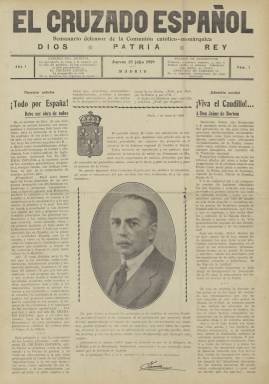
Título: El Cruzado español (Madrid)
Colección: Conservadurismo || Carlismo || Periódicos
Ámbito geográfico: Madrid
Lugar de publicación: Madrid
Fechas: 25/07/1929-30/12/1932

Publica su primer número el 25 de julio de 1929, con el subtítulo “semanario defensor de la Comunión católico-monárquica” –una de las denominaciones adoptadas por el movimiento carlista–, en cuya cabecera aparece estampado su histórico lema: “Dios, patria, rey”, como abanderado de la religión y la monarquía tradicionales, que en ese momento estaba representada por el pretendiente Jaime de Borbón (1870-1931). Será fundado por Lorenzo Sáenz y Fernández Cortina (1863-1939), entonces jefe regional carlista de Castilla la Nueva, desde el círculo de la madrileña calle Montera. Será órgano del partido jaimista del centro y norte de España, considerándose heredero ideológico del periódico El Correo español (Madrid: 1888-1922), que, como órgano nacional de la Comunión Tradicionalista, había sido el periódico carlista más importante de su época. El último director de éste –el periodista y bibliotecario Guillermo Arsenio de Izaga (1885-1951)– será el primero que dirija este nuevo semanario.

En entregas de ocho páginas, compuestas a cuatro columnas, comenzó apareciendo cada viernes, e incluirá una sección denominada precisamente El correo español, para dar cuenta de un resumen semanal de la “vida católico-monárquica”. En su primer número insertó una carta de agradecimiento de don Jaime al que el periódico saludará con un “Viva el caudillo”. Será una publicación que, además de ser eminentemente propagandística y doctrinal, a través de artículos y editoriales (firmados estos generalmente por Arsenio de Izaga con el seudónimo Modestinus), se dedicará a rescatar la historia de las “glorias” carlistas a través de secciones como Efemérides y personajes de la tradición, como “calendario legitimista”, y Los héroes de la lealtad (breves semblanzas de sus dirigentes históricos), además de otra denominada Ecos de sociedad (con noticias de enlaces matrimoniales, natalicios, etc.). También publica fotograbados y publicidad comercial. Entre sus colaboradores se encuentra Dolores de Gortázar Serantes (1872-1936).

Aumentará el tamaño de su formato, y a partir de enero de 1932, se hace bisemanal (apareciendo viernes y martes), a la vez que se reduce a cuatro páginas y amplía sus columnas a seis. Desde entonces empieza a dirigirlo el tradicionalista Jesús de Cora y Lira (1890-1969), y ante la muerte de don Jaime y la asunción de la jefatura dinástica carlista por parte de Alfonso Carlos de Borbón (1849-1936), los “cruzados”, que formarán el denominado Núcleo de la Lealtad, en el pleito dinástico carlista que se entabla en esta época serán favorables a Carlos Pío de Habsburgo-Lorena Borbón (1909-1953) –como Carlos VIII–, hijo menor de la primogénita del pretendiente Carlos VII (1848-1909), Blanca de Borbón (1868-1949), viuda del archiduque de Austria Leopoldo Salvador.

Durante el periodo republicano El Cruzado español defenderá la creación de un “frente monárquico” contra el “frente revolucionario” (Mora Roncal: 2007), pero la disyuntiva sucesoria en el seno del carlismo va a situar a los “carloctavistas” en una corriente “purista” e intransigente, conformada como una “vieja guardia” que receló de los integristas, rechazando “de plano cualquier intento de reconciliación” con los monárquicos seguidores de Alfonso XIII (Seoane y Sáiz: 1996). El ahora bisemanario será una publicación “radicalmente opuesta a cualquier ensayo de fusión dinástica” (González Calleja: 2012), y mantendrá una agria polémica con el órgano oficioso del carlismo: El Siglo futuro (1875-1936), de tal forma que el pretendiente don Alfonso Carlos (I) dejó fuera de la disciplina carlista al disidente Núcleo de la Lealtad (José Carlos Clemente: 1999). En marzo de 1933, el bisemanario mostrará su disconformidad con la colaboración de los monárquicos alfonsinos, agrupados en Renovación Española, constituyendo, en una asamblea celebrada en mayo de 1935, en Zaragoza, una denominada Comunión Carlista, que llegará a combatir al propio Bloque Nacional contrarrevolucionario.

La colección de este título en la Biblioteca Nacional de España no está completa, y llega hasta el número 216, del 30 de diciembre de 1932, pero este bisemanario estuvo publicándose hasta 1936, siendo su último director el escritor y periodista Bruno Ramos Martínez (1886-1964). Además de las referencias clásicas sobre la historia del carlismo, se señala también la obra de Cristina Barreiro Gordillo: El carlismo y su red de prensa en la segunda república (2003). Tras la sublevación del 18 de julio, los “carloctavistas” se reintegraron en la estructura oficial de la Comunión Tradicionalista, separándose de nuevo en 1943 de la “regencia” de Javier de Borbón-Parma (1899-1977) –Javier I–, manteniendo una estrecha colaboración con la Dictadura. El título El Cruzado español fue rescatado, entre 1958 y 1981, como publicación quincenal editada en Barcelona, dirigida por José-Oriol Cuffí Canadell, de ideología teocrática y antisemita.